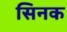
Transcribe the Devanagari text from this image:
सिनक